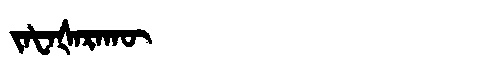
Manchu: ᠵᠠᡶᠠᡧᠠᡵᠠᡴᡡ
Romanization: JAFAŠARAKŪ